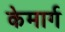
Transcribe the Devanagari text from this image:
केमार्ग